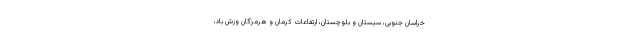
خراسان جنوبی، سیستان و بلوچستان، ارتفاعات کرمان و هرمزگان وزش باد،